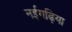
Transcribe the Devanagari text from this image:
नईगढ़िया